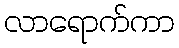
လာရောက်ကာ